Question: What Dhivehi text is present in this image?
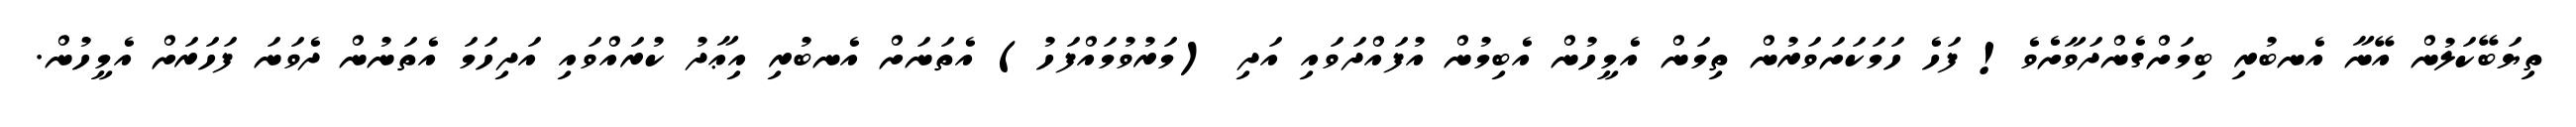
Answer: ތިޔަބޭކަލުން އޭނާ އެނބުރި ބިމަށްގެންދަވާށެވެ! ފަހެ ހަމަކަށަވަރުން ތިމަން އެމީހުން އެބިމުން އުފައްދަވައި އަދި (މަރުވުމައްފަހު) އެތަނަށް އެނބުރި އިޢާދު ކުރައްވައި އަދިހަމަ އެތަނުން ދެވަނަ ފަހަރަށް އެމީހުން.